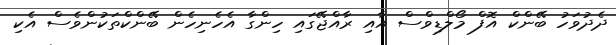
ދެދުވަހު ބޭންކް އޮފް މޯލްޑިވްސް އާއި ރާއްޖޭގައި ހިންގާ އެހެނިހެން ބޭންކްތަކުންވެސް އެކި